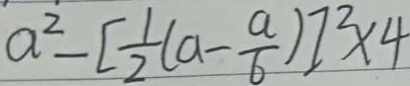
a ^ { 2 } - [ \frac { 1 } { 2 } ( a - \frac { a } { b } ) ] ^ { 2 } \times 4